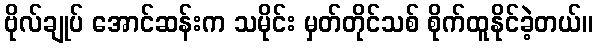
ဗိုလ်ချုပ် အောင်ဆန်းက သမိုင်း မှတ်တိုင်သစ် စိုက်ထူနိုင်ခဲ့တယ်။